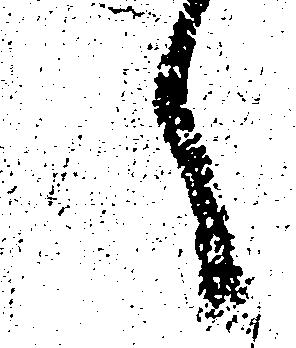
へ